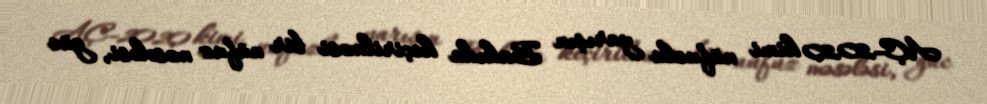
AÇ-2020 kimi nüfuzlu yarışın Bakıda keçirilməsi bir nüfuz məsələsi, güc